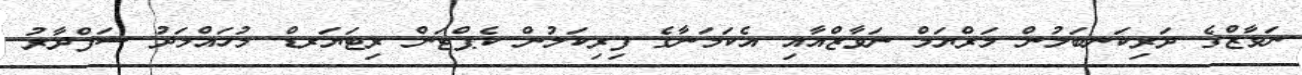
ނަވާޒްގެ ދަރިކަނބަލުން މަރްޔަމް ނަވާޒްއާއި އެކަމަނާގެ ފިރިކަލުން ކެޕްޓަން ރިޓަޔަރޑް މުހައްމަދު ސަފްދާރު